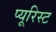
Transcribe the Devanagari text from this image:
प्यूरिस्ट